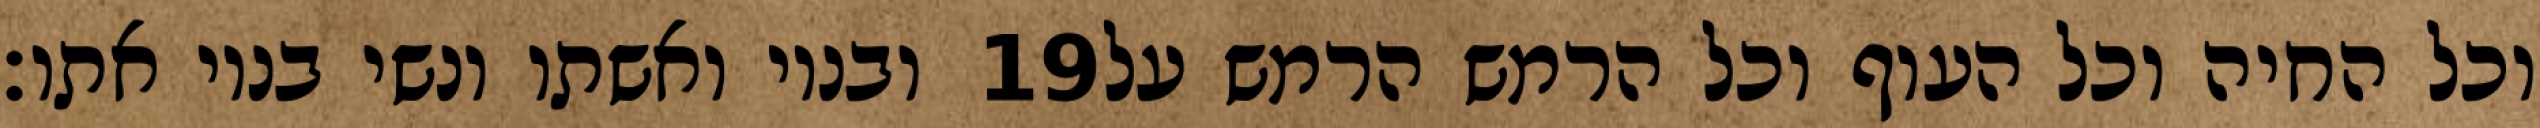
ובניו ואשתו ונשי בניו אתו׃ ‎19‏ וכל החיה וכל העוף וכל הרמש הרמש על